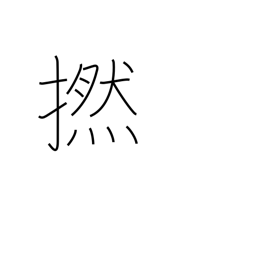
Meaning: twine